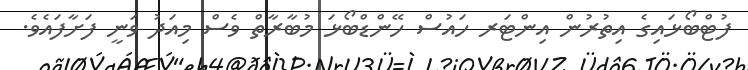
ފުޓްބޯޅައިގެ އިތުރުން އިންޓަރ ހައުސް ހޭންޑްބޯޅަ މުބާރާތް ވެސް މިއަދު ވަނީ ފަށާފައެވެ.